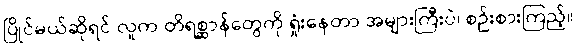
ပြိုင်မယ်ဆိုရင် လူက တိရစ္ဆာန်တွေကို ရှုံးနေတာ အများကြီးပဲ၊ စဉ်းစားကြည့်။